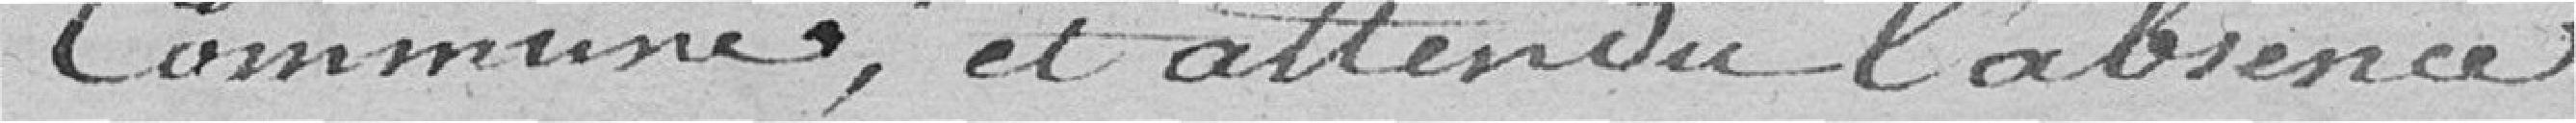
Commune, et attendu l'absence